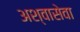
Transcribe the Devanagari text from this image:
अश्वासेवा